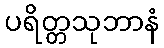
ပရိတ္တသုဘာနံ